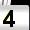
Digit: 4